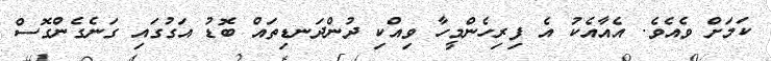
ކަމަށް ވެއެވެ. އެއާއެކު އެ ފިރިހެންމީހާ ވިއްކި ދުންދަނޑިތައް ބޮޑު އަގުގައި ގަނެގެންގޮސް